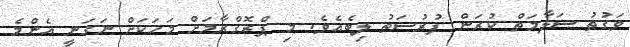
ވަގުތު ސަލާމަތް ކުރަން ފުރުސަތު ލިބެއެވެ. މި ޕްރޮގްރާމަށް މަހަކަށް ނަގަނީ އެންމެ